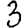
Digit: 3